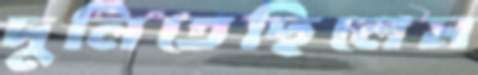
দুলিতেছিলেন